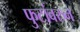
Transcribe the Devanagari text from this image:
फुटांवरुन